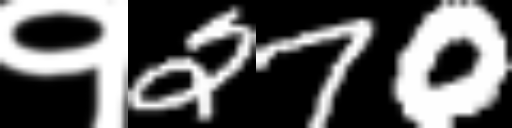
Text: १270